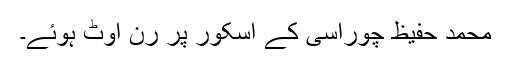
محمد حفیظ چوراسی کے اسکور پر رن آوٹ ہوئے۔